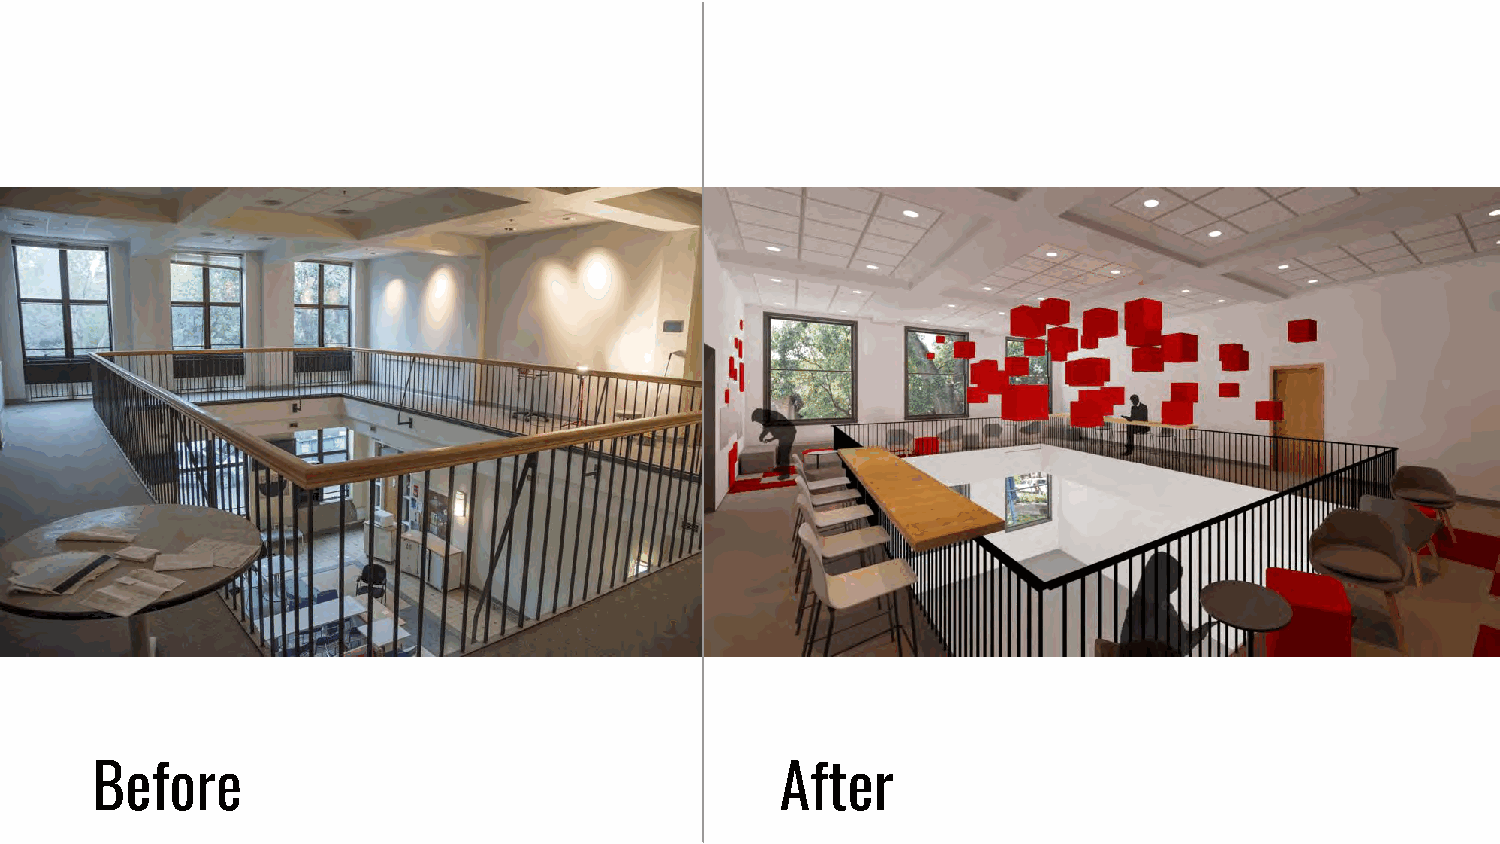
Before                                        After